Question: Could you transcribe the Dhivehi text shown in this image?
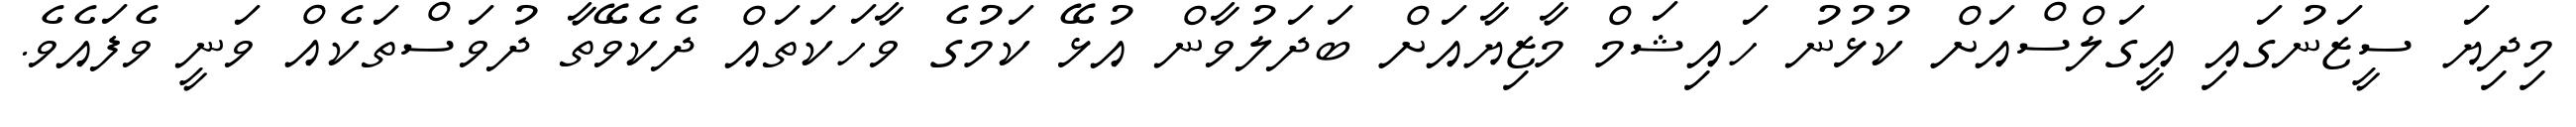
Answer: މިދިޔަ ސީޒަނުގައި އީގަލްސްއަށް ކުޅުނު ހައިޝަމް މާޒިޔާއަށް ބަދަލުވާން އުޅޭ ކަމުގެ ވާހަކަތައް ދެކެވޭތާ ދުވަސްތަކެއް ވަނީ ވެފައެވެ.